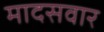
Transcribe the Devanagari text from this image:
मादसवार